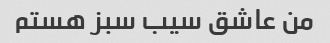
من عاشق سیب سبز هستم